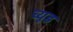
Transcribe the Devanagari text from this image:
च्यूड